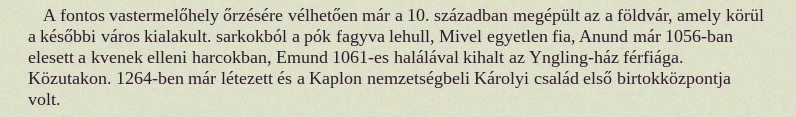
A fontos vastermelőhely őrzésére vélhetően már a 10. században megépült az a földvár, amely körül a későbbi város kialakult. sarkokból a pók fagyva lehull, Mivel egyetlen fia, Anund már 1056-ban elesett a kvenek elleni harcokban, Emund 1061-es halálával kihalt az Yngling-ház férfiága. Közutakon. 1264-ben már létezett és a Kaplon nemzetségbeli Károlyi család első birtokközpontja volt.